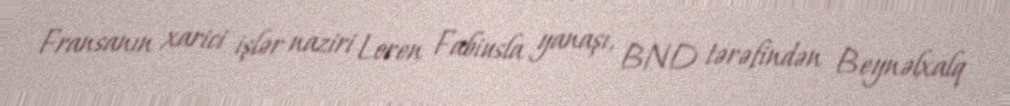
Fransanın xarici işlər naziri Loren Fabiusla yanaşı, BND tərəfindən Beynəlxalq